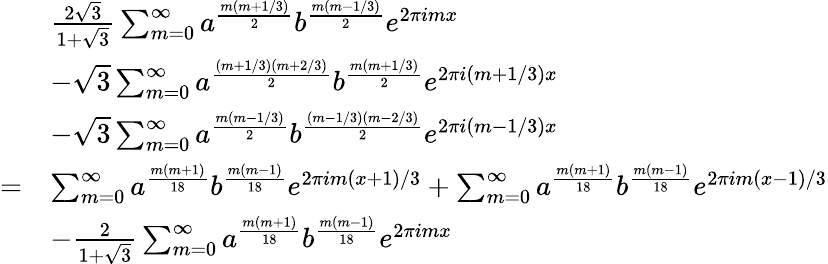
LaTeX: \begin{array}{rl}&{\frac{2\sqrt{3}}{1+\sqrt{3}}\sum_{m=0}^{\infty}a^{\frac{m(m+1/3)}{2}}b^{\frac{m(m-1/3)}{2}}e^{2\pi imx}}\\ &{-\sqrt{3}\sum_{m=0}^{\infty}a^{\frac{(m+1/3)(m+2/3)}{2}}b^{\frac{m(m+1/3)}{2}}e^{2\pi i(m+1/3)x}}\\ &{-\sqrt{3}\sum_{m=0}^{\infty}a^{\frac{m(m-1/3)}{2}}b^{\frac{(m-1/3)(m-2/3)}{2}}e^{2\pi i(m-1/3)x}}\\ {=}&{\sum_{m=0}^{\infty}a^{\frac{m(m+1)}{18}}b^{\frac{m(m-1)}{18}}e^{2\pi im(x+1)/3}+\sum_{m=0}^{\infty}a^{\frac{m(m+1)}{18}}b^{\frac{m(m-1)}{18}}e^{2\pi im(x-1)/3}}\\ &{-\frac{2}{1+\sqrt{3}}\sum_{m=0}^{\infty}a^{\frac{m(m+1)}{18}}b^{\frac{m(m-1)}{18}}e^{2\pi imx}}\end{array}